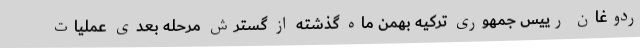
ردوغان رییس جمهوری ترکیه بهمن ماه گذشته از گسترش مرحله بعدی عملیات